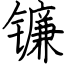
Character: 镰